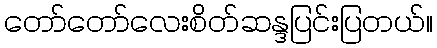
တော်တော်လေးစိတ်ဆန္ဒပြင်းပြတယ်။